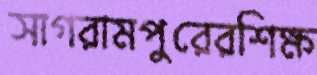
সাগরামপুরেরশিক্ষ